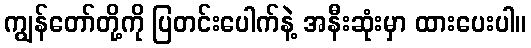
ကျွန်တော်တို့ကို ပြတင်းပေါက်နဲ့ အနီးဆုံးမှာ ထားပေးပါ။